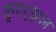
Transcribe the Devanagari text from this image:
कुएट्झल